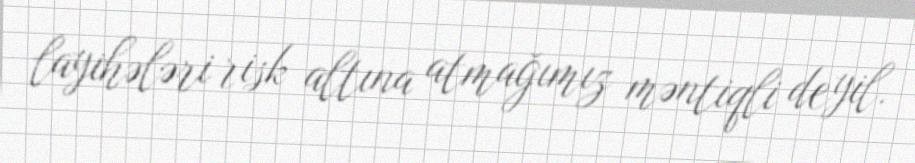
layihələri risk altına atmağımız məntiqli deyil.